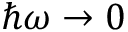
\hbar \omega \rightarrow 0